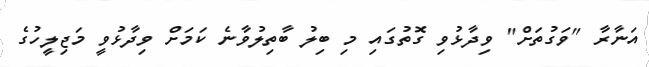
އަނާރާ "ވަގުތަށް" ވިދާޅުވި ގޮތުގައި މި ބިލު ބާތިލުވާނެ ކަމަށް ވިދާޅުވީ މަޖިލީހުގެ